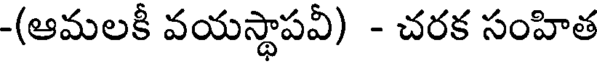
-(ఆమలకీ వయస్థాపవీ) - చరక సంహిత